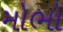
મોભો